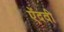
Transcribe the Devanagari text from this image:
ऐंदवी